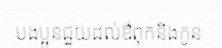
បងប្អូនជួយដល់ឳពុកនិងកូន